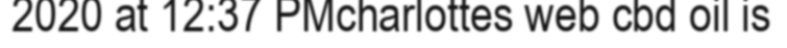
2020 at 12:37 PMcharlottes web cbd oil is